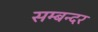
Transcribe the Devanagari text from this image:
सम्बन्दर